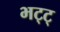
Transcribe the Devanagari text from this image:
भट्ट्